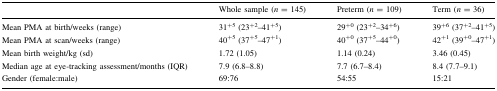
|  | Whole sample (n = 145) | Preterm (n = 109) | Term (n = 36) |
 | --- | --- | --- | --- |
 | Mean PMA at birth/weeks (range) | 31+5 (23+2–41+5) | 29+0 (23+2–34+6) | 39+6 (37+2–41+5) |
 | Mean PMA at scan/weeks (range) | 40+5 (37+5–47+1) | 40+0 (37+5–44+0) | 42+1 (39+0–47+1) |
 | Mean birth weight/kg (sd) | 1.72 (1.05) | 1.14 (0.24) | 3.46 (0.45) |
 | Median age at eye-tracking assessment/months (IQR) | 7.9 (6.8–8.8) | 7.7 (6.7–8.4) | 8.4 (7.7–9.1) |
 | Gender (female:male) | 69:76 | 54:55 | 15:21 |